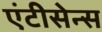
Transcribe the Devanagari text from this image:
एंटीसेन्स